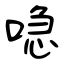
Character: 喼